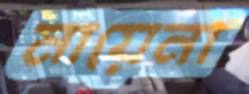
মায়েনা